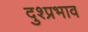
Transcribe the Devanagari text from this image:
दुश्प्रभाव